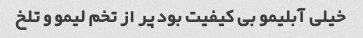
خیلی آبلیمو بی کیفیت بود پر از تخم لیمو و تلخ